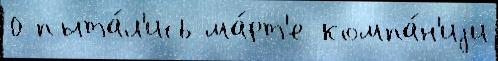
0 пыта́л'ись ма́рт'е компа́н'иjи